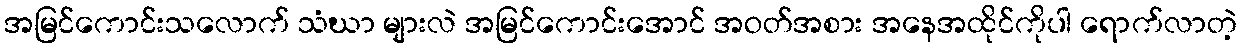
အမြင်ကောင်းသလောက် သံဃာ များလဲ အမြင်ကောင်းအောင် အဝတ်အစား အနေအထိုင်ကိုပါ ရောက်လာတဲ့